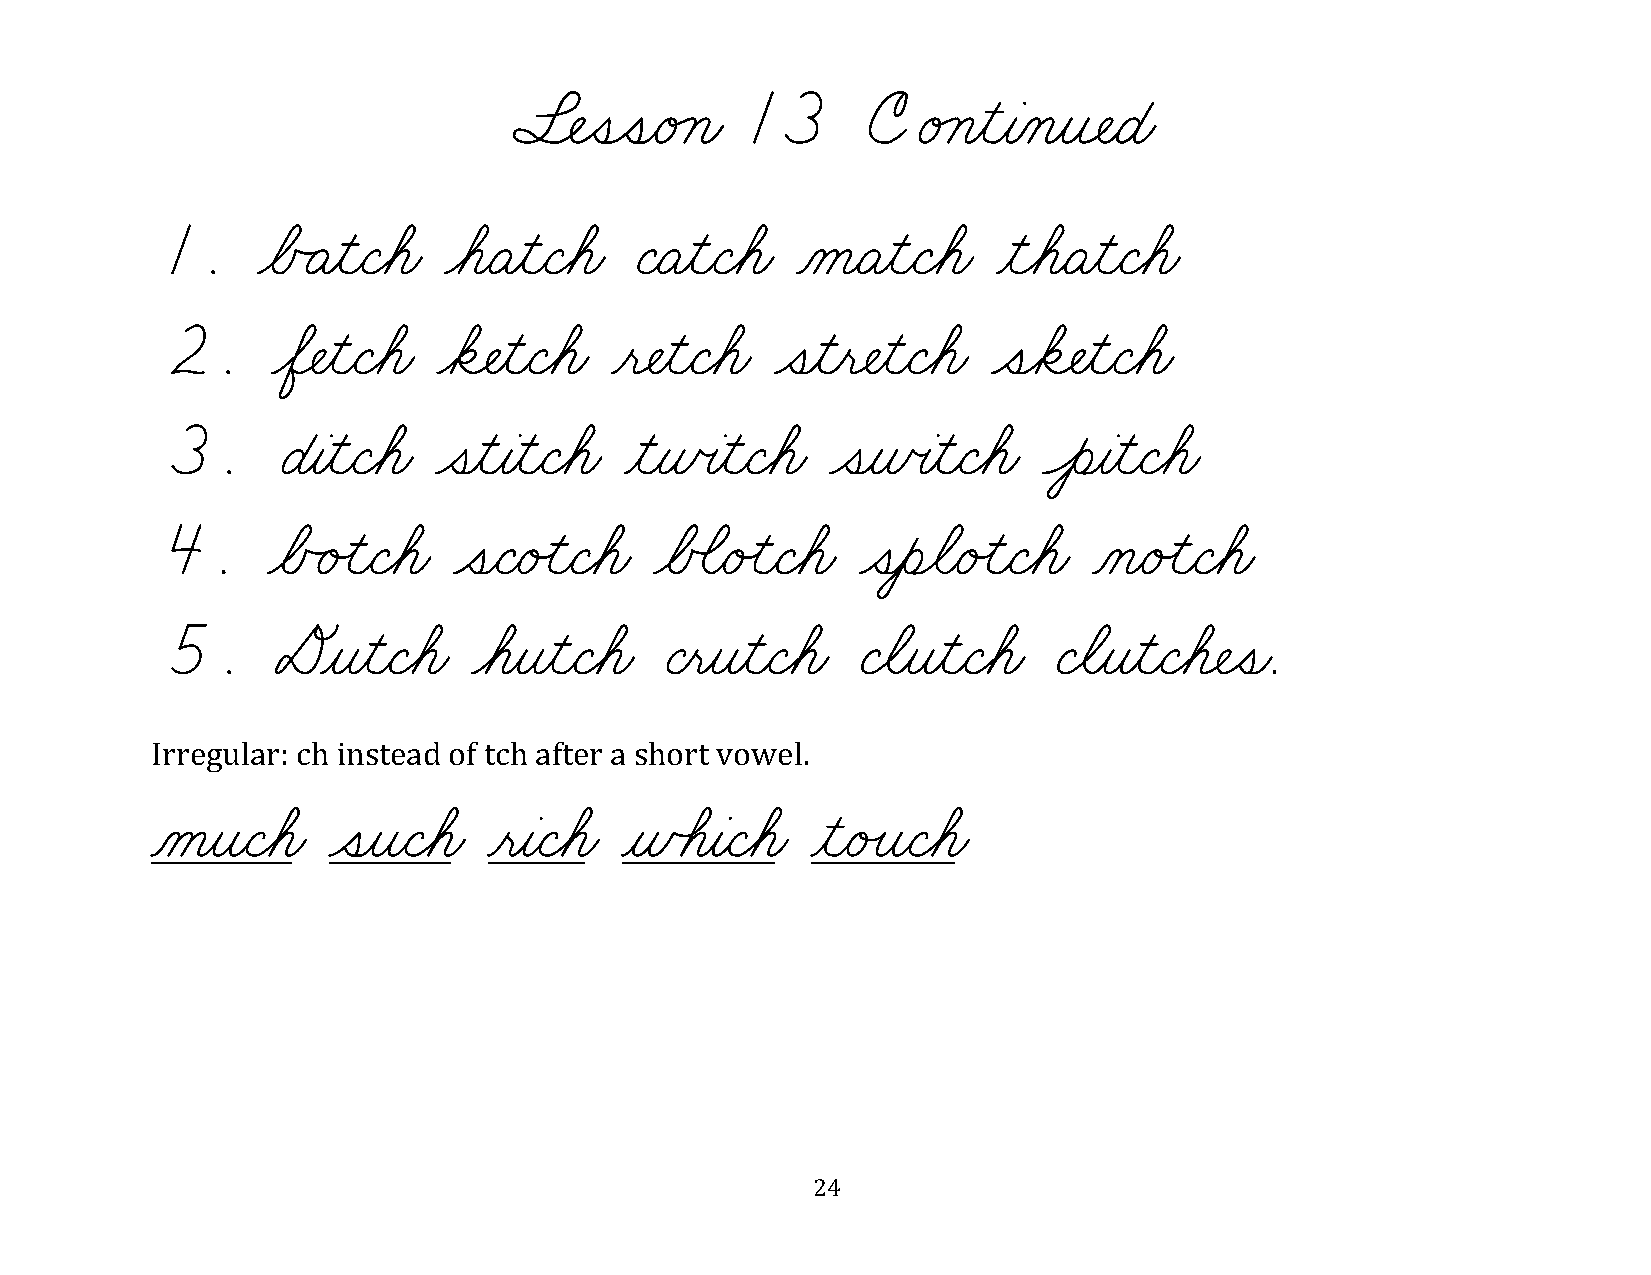
§¬ÑˆíˆíæéÁçæ   13      CéÁçƒìƒàÀçƒî¬ÑæÉæ
 1.    øÅÃÄƒìæÇøáæ øáæÄƒìæÇøáæ  ÇæÄƒìæÇøáæ ÀåæÄƒìæÇøáæ  ƒìøáæÄƒìæÇøáæ
 2.     øÖ¬ÑƒìæÇøáæ øä¬ÑƒìæÇøáæ ƒë¬ÑƒìæÇøáæ ˆíƒìƒë¬ÑƒìæÇøáæ ˆíøä¬ÑƒìæÇøáæ
 3.     ÉƒàƒìæÇøáæ ˆíƒìƒàƒìæÇøáæ ƒìƒñœàƒìæÇøáæ ˆíƒñœàƒìæÇøáæ ÔèƒàƒìæÇøáæ
 4.     øÅÃéÙìæÇøáæ ˆíæÇæéÙìæÇøáæ øÅÕãæéÙìæÇøáæ ˆíƒèøãæéÙìæÇøáæ ÀçæéÙìæÇøáæ
 5.     DƒîƒìæÇøáæ   øáƒîƒìæÇøáæ  ÇƒëƒîƒìæÇøáæ ÇøãƒîƒìæÇøáæ ÇøãƒîƒìæÇøá¬Ñˆíæ.
 Irregular: ch instead of tch after a short vowel.
 ÀåƒîæÇøáæ   ˆíƒîæÇøáæ ƒëƒàæÇøáæ ƒñÕáƒàæÇøáæ ƒìæéÙîæÇøáæ
 24